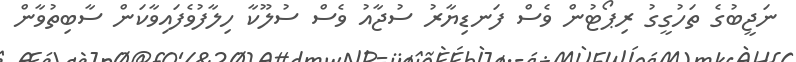
ނަޖީބުގެ ތަހުގީގު ރިޕޯޓުން ވެސް ފަނޑިޔާރު ސުޖާއު ވެސް ސުލޫކާ ހިލާފުވެފައިވާކަން ސާބިތުވާން